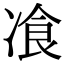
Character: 飡